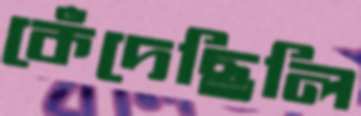
কেঁদেছিলি